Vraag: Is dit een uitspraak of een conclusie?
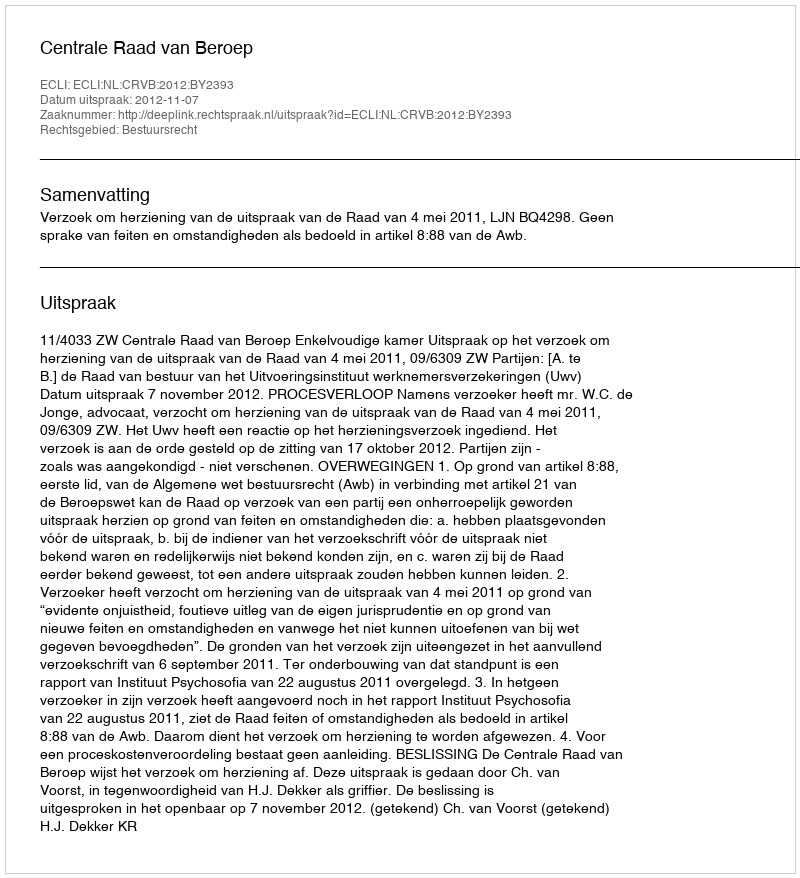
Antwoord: Uitspraak